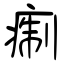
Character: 痸